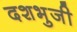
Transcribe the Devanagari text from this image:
दशभुजी